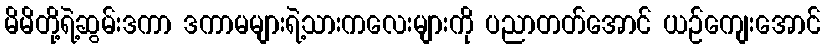
မိမိတို့ရဲ့ဆွမ်းဒကာ ဒကာမများရဲ့သားကလေးများကို ပညာတတ်အောင် ယဉ်ကျေးအောင်